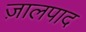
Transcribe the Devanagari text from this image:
ज़ालपाद